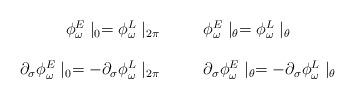
LaTeX: \begin{align*}\begin{array}{cc}\phi^E_\omega \mid_0 = \phi^L_\omega \mid_{2\pi} \hspace{10mm} \phi^E_\omega \mid_\theta =\phi^L_\omega \mid_\theta \\\\\partial_{\sigma} \phi^E_\omega \mid_0 = - \partial_{\sigma}\phi^L_\omega \mid_{2\pi} \hspace{10mm} \partial_{\sigma} \phi^E_\omega \mid_\theta = - \partial_{\sigma} \phi^L_\omega \mid_\theta\end{array}\end{align*}